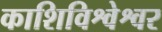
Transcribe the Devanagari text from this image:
काशिविश्वेश्वर